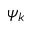
\psi _ { k }